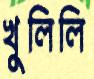
খুলিলি